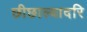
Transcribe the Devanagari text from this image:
छीछाल्यादरि